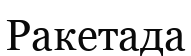
Ракетада